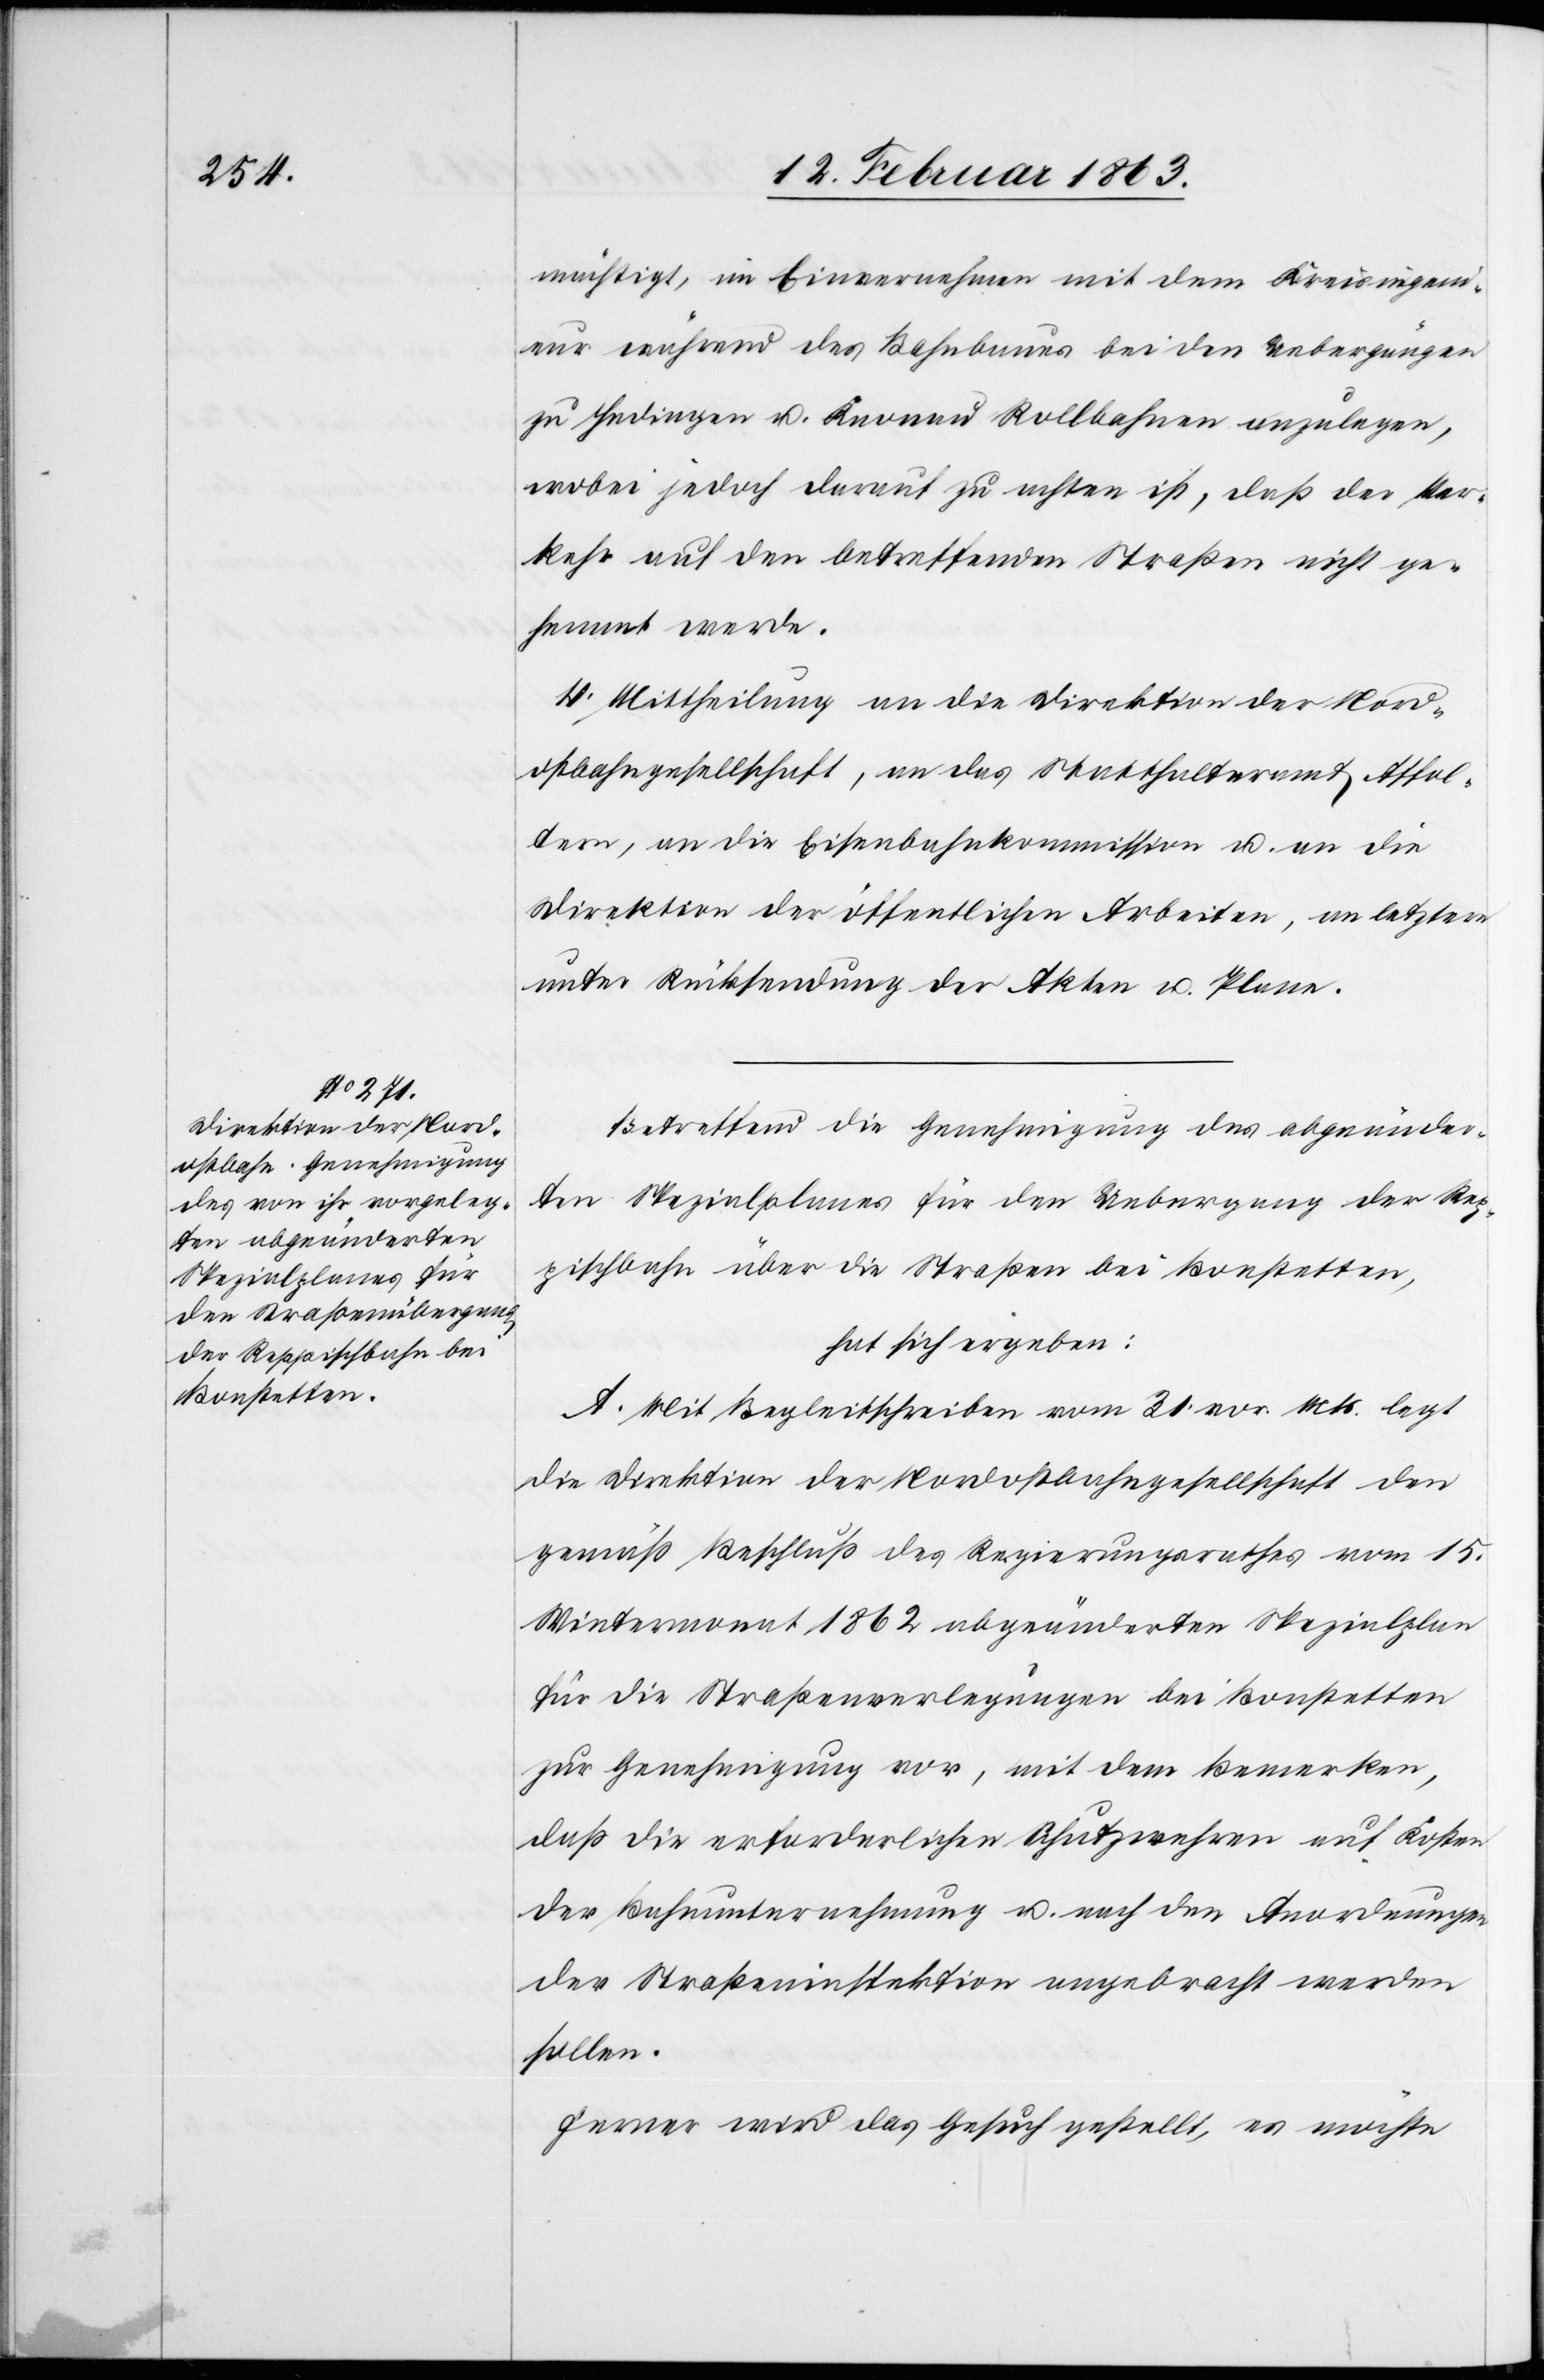
mächtigt, im Einvernehmen mit dem Kreisingeni¬
eur während des Bahnbaues bei den Uebergängen
zu Hedingen u. Knonau Rollbahnen anzulegen,
wobei jedoch darauf zu achten ist, daß der Ver¬
kehr auf den betreffenden Straßen nicht ge¬
hemmt werde.
4. Mittheilung an die Direktion der Nord¬
ostbahngesellschaft, an das Statthalteramt Affol¬
tern, an die Eisenbahnkommission u. an die
Direktion der öffentlichen Arbeiten, an letztere
unter Rücksendung der Akten u. Plane.
Betreffend die Genehmigung des abgeänder¬
ten Spezialplanes für den Uebergang der Rep¬
pischbahn über die Straßen bei Bonstetten,
hat sich ergeben:
A. Mit Begleitschreiben vom 31. vor. Mts. legt
die Direktion der Nordostbahngesellschaft den
gemäß Beschluß des Regierungsrathes vom 15.
Wintermonat 1862 abgeänderten Spezialplan
für die Straßenverlegungen bei Bonstetten
zur Genehmigung vor, mit dem Bemerken,
daß die erforderlichen Schutzwehren auf Kosten
der Bahnunternehmung u. nach den Anordnungen
der Straßeninspektion angebracht werden
sollen.
Ferner wird das Gesuch gestellt, es möchte